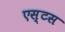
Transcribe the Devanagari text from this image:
एस्टस